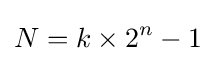
N=k\times 2^{n}-1